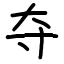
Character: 夺